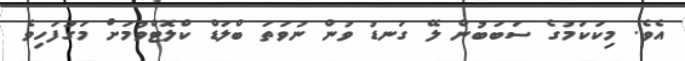
އެވެ. މިކަކަމުގެ ސަބަބުން ލޭ ގަނޑު ވުން ނުވަތަ ބްލަޑް ކްލޮޓްވުމަށް މަގުފަހިވެ